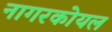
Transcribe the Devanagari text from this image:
नागरकोयल